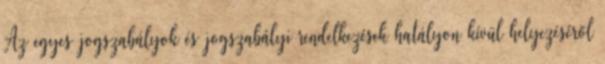
Az egyes jogszabályok és jogszabályi rendelkezések hatályon kívül helyezéséről